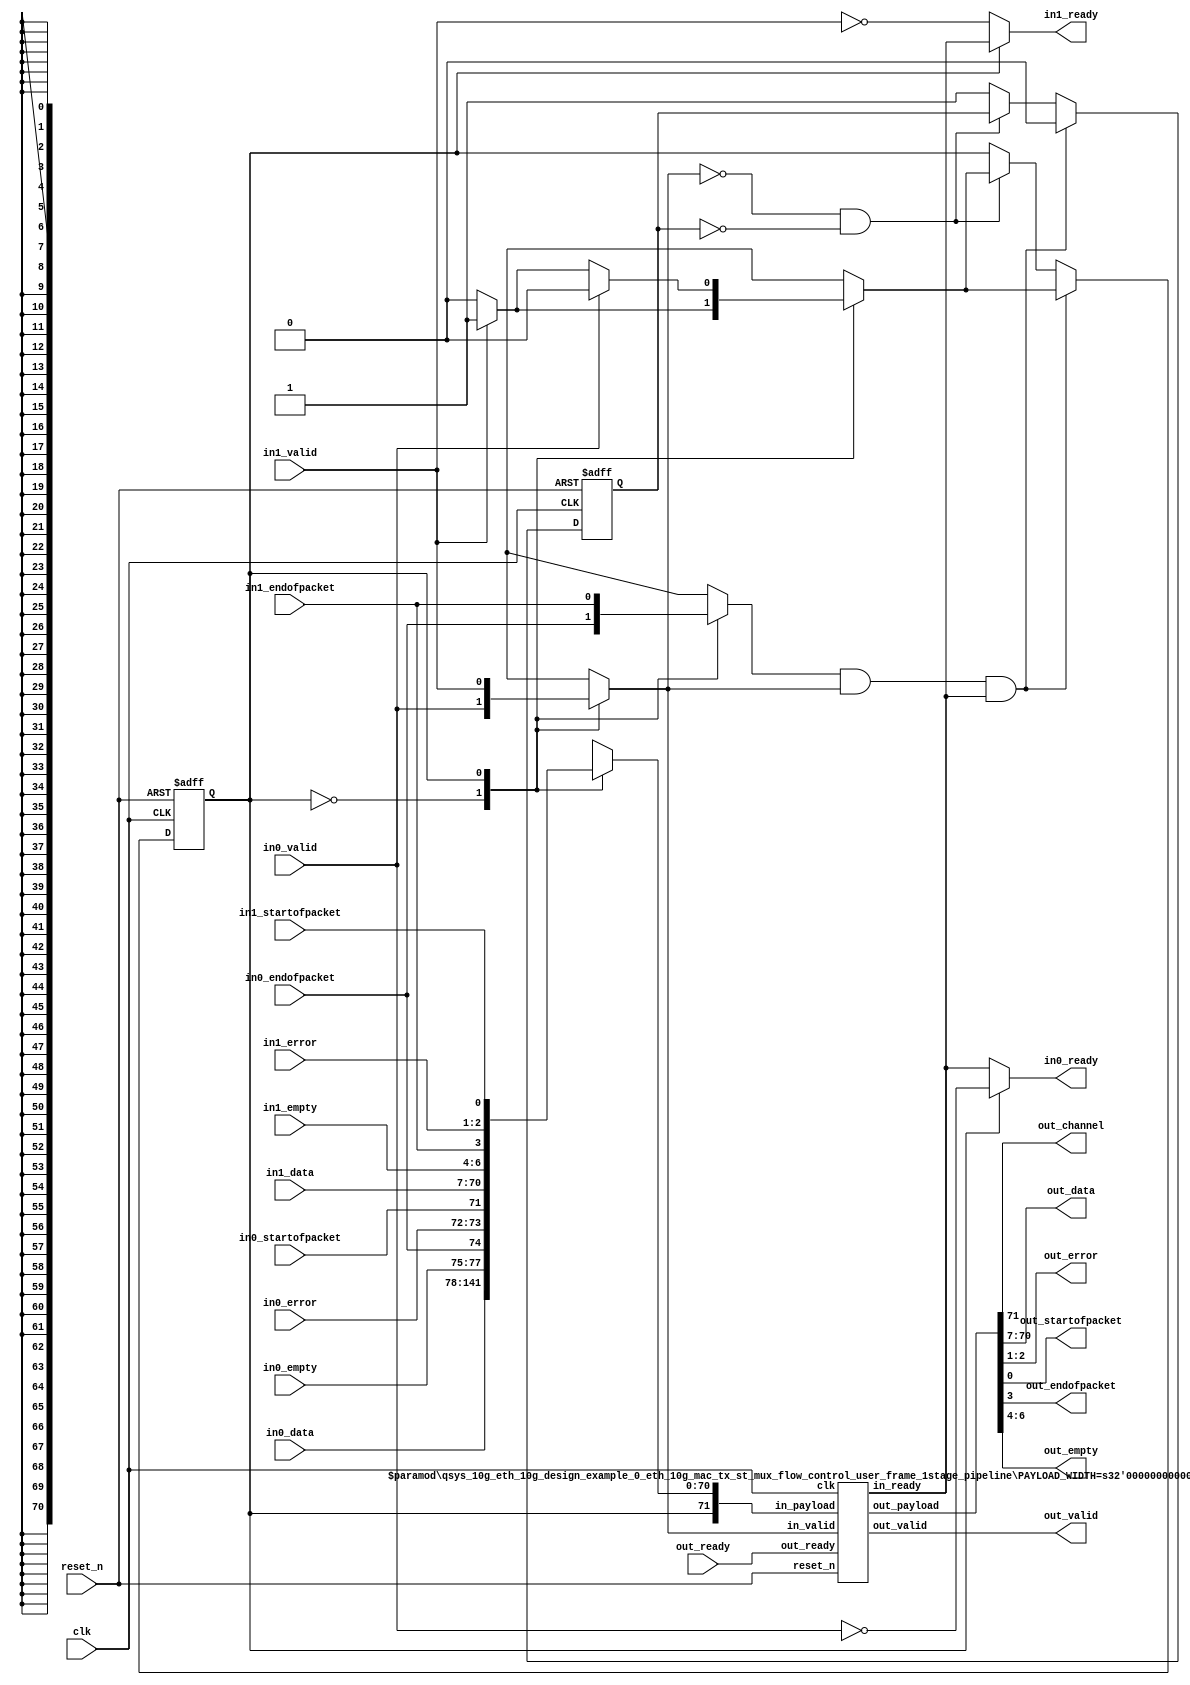
// --------------------------------------------------------------------------------
//| Multiplexer
// --------------------------------------------------------------------------------
// altera message_level level1

`timescale 1ns / 100ps
module qsys_10g_eth_10g_design_example_0_eth_10g_mac_tx_st_mux_flow_control_user_frame (	
    
      // Interface: clk
      input              clk,
      // Interface: reset
      input              reset_n,
      // Interface: in0
      input              in0_valid,
      output reg         in0_ready,
      input      [63: 0] in0_data,
      input      [ 1: 0] in0_error,
      input              in0_startofpacket,
      input              in0_endofpacket,
      input      [ 2: 0] in0_empty,
      // Interface: in1
      input              in1_valid,
      output reg         in1_ready,
      input      [63: 0] in1_data,
      input      [ 1: 0] in1_error,
      input              in1_startofpacket,
      input              in1_endofpacket,
      input      [ 2: 0] in1_empty,
      // Interface: out
      output reg         out_channel,
      output reg         out_valid,
      input              out_ready,
      output reg [63: 0] out_data,
      output reg [ 1: 0] out_error,
      output reg         out_startofpacket,
      output reg         out_endofpacket,
      output reg [ 2: 0] out_empty
);

   // ---------------------------------------------------------------------
   //| Signal Declarations
   // ---------------------------------------------------------------------
   reg  [70: 0] in0_payload;
   reg  [70: 0] in1_payload;

   reg          decision = 0;      
   reg          select = 0;
   reg          selected_endofpacket = 0;
   reg          selected_valid;
   wire         out_valid_wire;
   wire         selected_ready;
   reg  [70: 0] selected_payload;
   reg          packet_in_progress;
   
   wire         out_select;
   wire [70: 0] out_payload;

   // ---------------------------------------------------------------------
   //| Input Mapping
   // ---------------------------------------------------------------------
   always @* begin
     in0_payload = {in0_data,in0_empty,in0_endofpacket,in0_error,in0_startofpacket};
     in1_payload = {in1_data,in1_empty,in1_endofpacket,in1_error,in1_startofpacket};
   end
   
   // ---------------------------------------------------------------------
   //| Scheduling Algorithm
   // ---------------------------------------------------------------------
   always @* begin
         
      decision = 0;
      case(select) 
         0 : begin
            if (in0_valid) decision = 0;
            if (in1_valid) decision = 1;
         end  
         1 : begin
            if (in1_valid) decision = 1;
            if (in0_valid) decision = 0;
         end  
         default : begin // Same as '0', should never get used.
            if (in0_valid) decision = 0;
            if (in1_valid) decision = 1;
         end  
      endcase   
   end

   // ---------------------------------------------------------------------
   //| Capture Decision
   // ---------------------------------------------------------------------
   always @ (negedge reset_n, posedge clk) begin
      if (!reset_n) begin
         select <= 0;
         packet_in_progress <= 0;
      end else begin
         if (!selected_valid && !packet_in_progress) begin
            select <= decision;
         end else begin
            packet_in_progress <= 1;
         end
         if (selected_endofpacket && selected_valid && selected_ready) begin
            select <= decision;
            packet_in_progress <= 0;
         end
      end
   end

   // ---------------------------------------------------------------------
   //| Mux
   // ---------------------------------------------------------------------
   always @* begin
      case(select) 
         0 : begin
            selected_payload = in0_payload;         
            selected_valid   = in0_valid;
            selected_endofpacket = in0_endofpacket;
         end  
         1 : begin
            selected_payload = in1_payload;         
            selected_valid   = in1_valid;
            selected_endofpacket = in1_endofpacket;
         end  
         default : begin
            selected_payload = in0_payload;         
            selected_valid = in0_valid;
            selected_endofpacket = in0_endofpacket;
         end
      endcase

   end

   // ---------------------------------------------------------------------
   //| Back Pressure
   // ---------------------------------------------------------------------
   always @* begin
      in0_ready <= ~in0_valid	;
      in1_ready <= ~in1_valid	;
      case(select) 
         0 : in0_ready <= selected_ready;
         1 : in1_ready <= selected_ready;
         default : in0_ready <= selected_ready;
      endcase
   end

   // ---------------------------------------------------------------------
   //| output Pipeline
   // ---------------------------------------------------------------------
   qsys_10g_eth_10g_design_example_0_eth_10g_mac_tx_st_mux_flow_control_user_frame_1stage_pipeline #( .PAYLOAD_WIDTH( 71 + 1 ) ) outpipe
      ( .clk      (clk ),
        .reset_n  (reset_n  ),
        .in_ready ( selected_ready ),
        .in_valid ( selected_valid ), 
        .in_payload ({select,selected_payload}),
        .out_ready(out_ready ), 
        .out_valid(out_valid_wire), 
        .out_payload({out_select,out_payload}) );
   
   // ---------------------------------------------------------------------
   //| Output Mapping
   // ---------------------------------------------------------------------
   always @* begin
     out_valid   = out_valid_wire;
     out_channel = out_select;
     {out_data,out_empty,out_endofpacket,out_error,out_startofpacket} = out_payload;
   end


endmodule

//  --------------------------------------------------------------------------------
// | single buffered pipeline stage
//  --------------------------------------------------------------------------------
module qsys_10g_eth_10g_design_example_0_eth_10g_mac_tx_st_mux_flow_control_user_frame_1stage_pipeline  
#( parameter PAYLOAD_WIDTH = 8 )
 ( input                          clk,
   input                          reset_n, 
   output reg                     in_ready,
   input                          in_valid,   
   input      [PAYLOAD_WIDTH-1:0] in_payload,
   input                          out_ready,   
   output reg                     out_valid,
   output reg [PAYLOAD_WIDTH-1:0] out_payload      
 );
   
   reg in_ready1;
   
   always @* begin
   
     in_ready = out_ready || ~out_valid;
   
//     in_ready = in_ready1;
//     if (!out_ready)
//       in_ready = 0;
   end
   
   always @ (negedge reset_n, posedge clk) begin
      if (!reset_n) begin
         in_ready1 <= 0;
         out_valid <= 0;
         out_payload <= 0;
      end else begin
         in_ready1 <= out_ready || !out_valid;
         
         if (in_valid) begin
           out_valid <= 1;
         end else if (out_ready) begin
           out_valid <= 0;
         end
         
         if(in_valid && in_ready) begin
            out_payload <= in_payload;
         end
      end
   end

endmodule